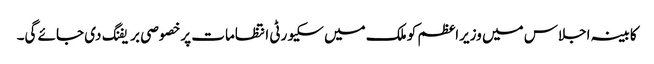
کابینہ اجلاس میں وزیراعظم کو ملک میں سکیورٹی انتظامات پرخصوصی بریفنگ دی جائے گی۔